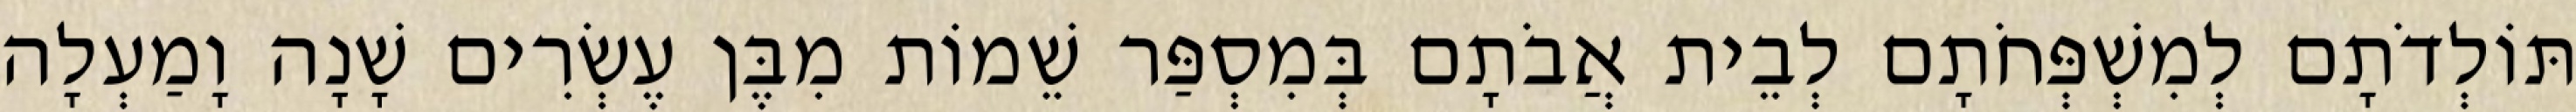
תּוֹלְדֹתָם לְמִשְׁפְּחֹתָם לְבֵית אֲבֹתָם בְּמִסְפַּר שֵׁמוֹת מִבֶּן עֶשְׂרִים שָׁנָה וָמַעְלָה